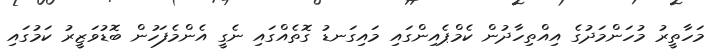
މަހާތީރު މުހަންމަދުގެ އިއްތިހާދުން ކެމްޕެއިންގައި މައިގަނޑު ގޮތެއްގައި ނެގީ އެންމެފަހުން ބޮޑުވަޒީރު ކަމުގައި